画像に写った文字を読んでください
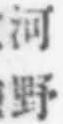
「河野」と書いてあります